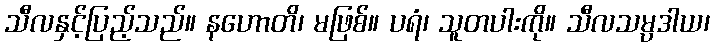
သီလနှင့်ပြည့်သည်။ နဟောတိ၊ မဖြစ်။ ပရံ၊ သူတပါးကို။ သီလသမ္ပဒါယ၊